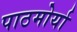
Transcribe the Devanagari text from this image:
पाठमोर्या